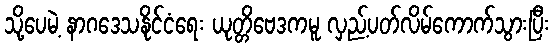
သို့ပေမဲ့ နာဂဒေသနိုင်ငံရေး ယုတ္တိဗေဒကမူ လှည့်ပတ်လိမ်ကောက်သွားပြီး